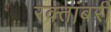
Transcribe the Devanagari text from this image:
रक्तांबरी